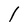
Character: l